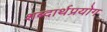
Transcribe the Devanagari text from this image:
शब्दार्थप्रयोग